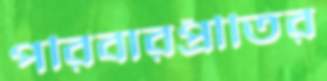
পরিবারপ্রীতির